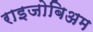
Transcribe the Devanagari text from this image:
राइजोबिअम